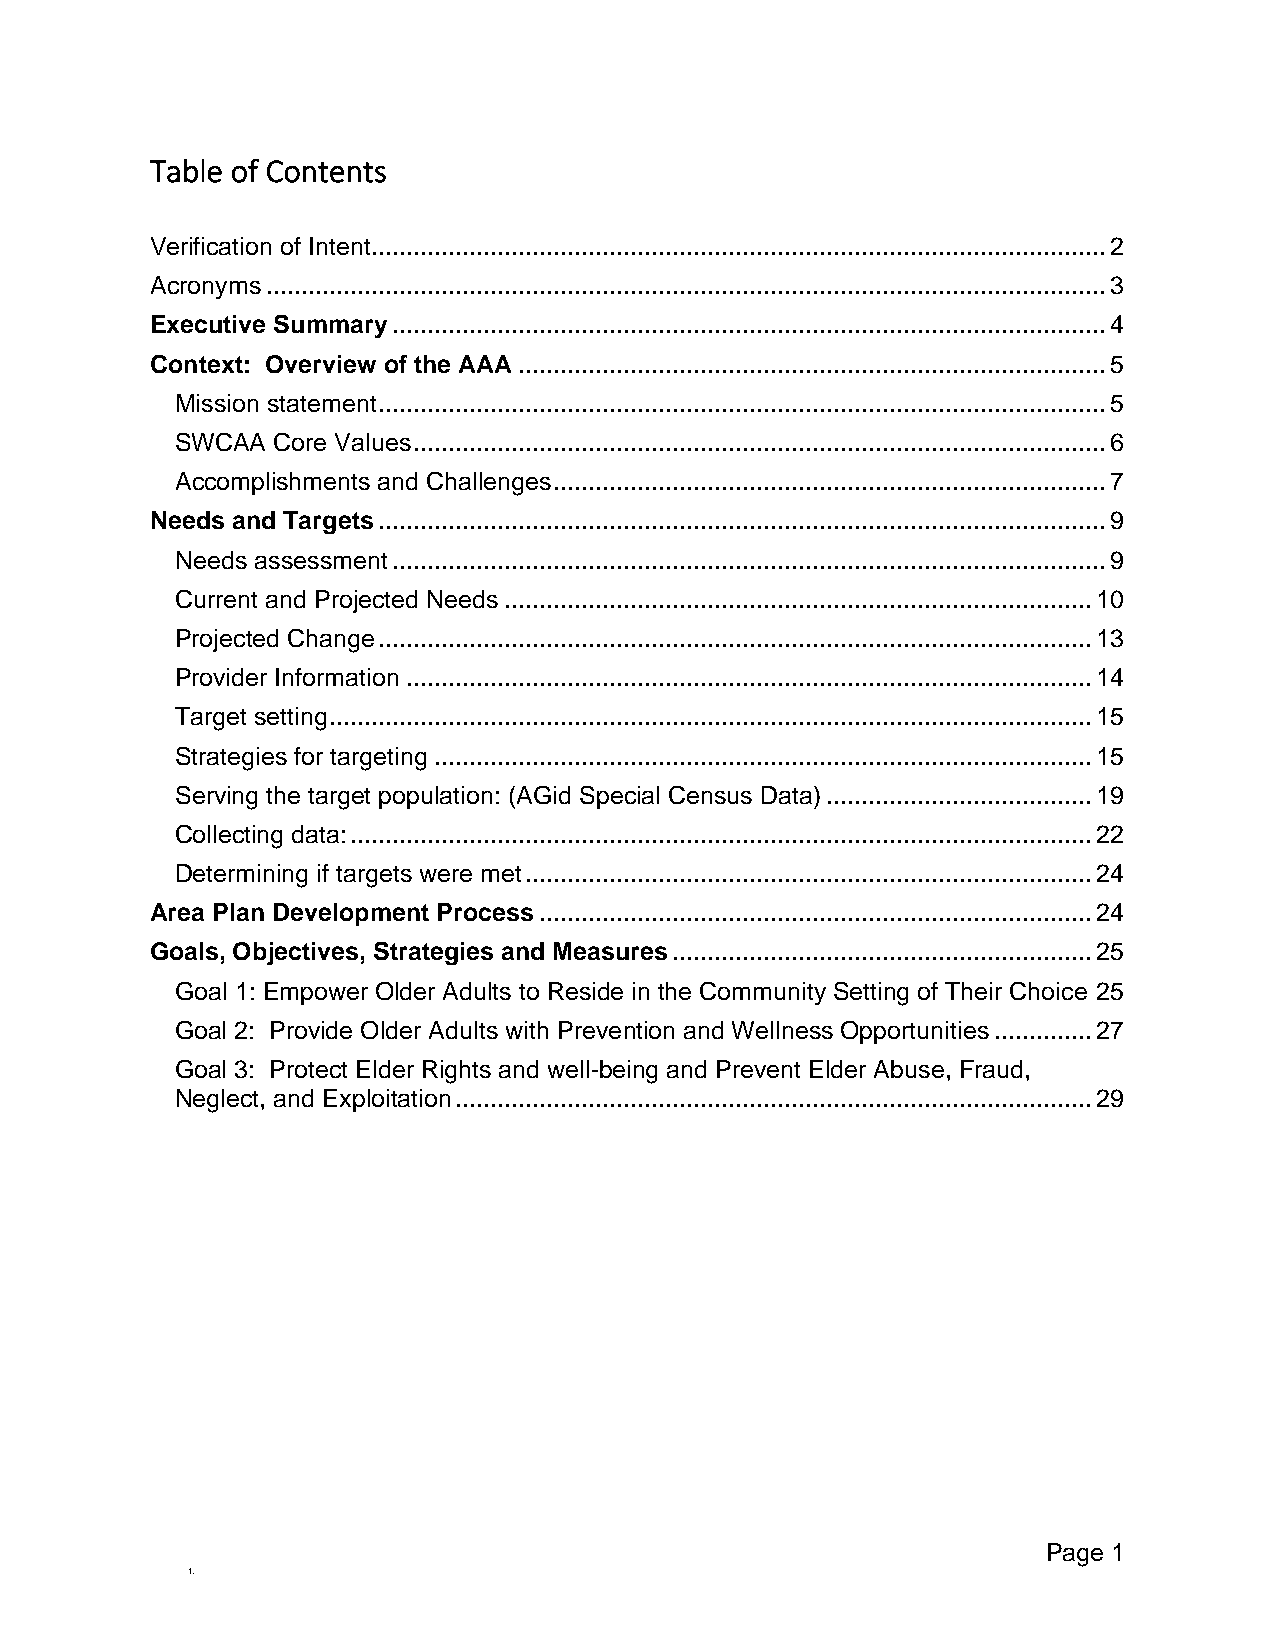
Table of Contents
 Verification of Intent......................................................................................................... 2
 Acronyms ........................................................................................................................ 3
 Executive Summary ...................................................................................................... 4
 Context: Overview of the AAA .................................................................................... 5
 Mission statement ........................................................................................................ 5
 SWCAA Core Values ................................................................................................... 6
 Accomplishments and Challenges ............................................................................... 7
 Needs and Targets ........................................................................................................ 9
 Needs assessment ...................................................................................................... 9
 Current and Projected Needs .................................................................................... 10
 Projected Change ...................................................................................................... 13
 Provider Information .................................................................................................. 14
 Target setting ............................................................................................................. 15
 Strategies for targeting .............................................................................................. 15
 Serving the target population: (AGid Special Census Data) ...................................... 19
 Collecting data: .......................................................................................................... 22
 Determining if targets were met ................................................................................. 24
 Area Plan Development Process ............................................................................... 24
 Goals, Objectives, Strategies and Measures ............................................................ 25
 Goal 1: Empower Older Adults to Reside in the Community Setting of Their Choice 25
 Goal 2: Provide Older Adults with Prevention and Wellness Opportunities .............. 27
 Goal 3: Protect Elder Rights and well-being and Prevent Elder Abuse, Fraud,
 Neglect, and Exploitation ........................................................................................... 29
 Page 1
 1.